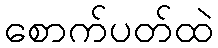
စောက်ပတ်ထဲ